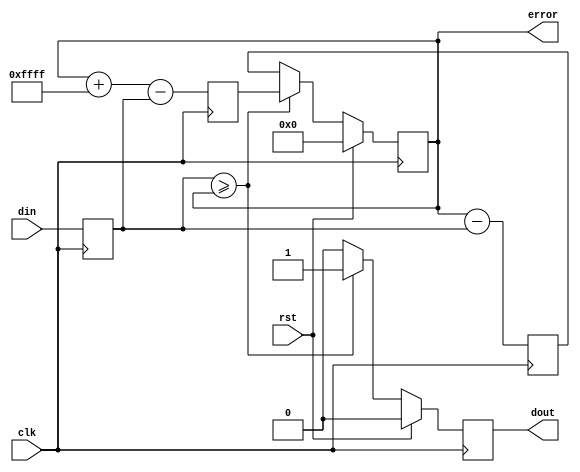
// Pulse density Modulator
module pdm #(parameter NBITS = 16)
(
  input wire clk,
  input wire [NBITS-1:0] din,
  input wire rst,
  output reg dout,
  output reg [NBITS-1:0] error
);

  localparam integer MAX = 2**NBITS - 1;
  reg [NBITS-1:0] din_reg;
  reg [NBITS-1:0] error_0;
  reg [NBITS-1:0] error_1;

  always @(posedge clk) begin
    din_reg <= din;
    error_1 <= error + MAX - din_reg;
    error_0 <= error - din_reg;
  end

  always @(posedge clk) begin
    if (rst == 1'b1) begin
      dout <= 0;
      error <= 0;
    end
    else if (din_reg >= error) begin
      dout <= 1;
      error <= error_1;
    end else begin
      dout <= 0;
      error <= error_0;
    end
  end

endmodule